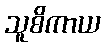
သူစိကာယ